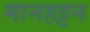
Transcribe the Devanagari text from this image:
मानहट्टन